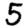
Digit: 5